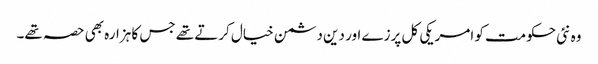
وہ نئی حکومت کو امریکی کل پرزے اور دین دشمن خیال کرتے تھے جس کا ہزارہ بھی حصہ تھے۔